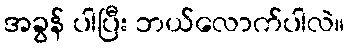
အခွန် ပါပြီး ဘယ်လောက်ပါလဲ။